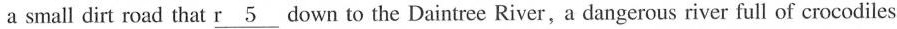
a small dirt road that r___ 5 down to the Daintree River, a dangerous river full of crocodiles